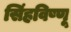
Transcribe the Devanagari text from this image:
सिंहविष्णू